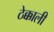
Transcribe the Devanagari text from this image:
ठेक्काली